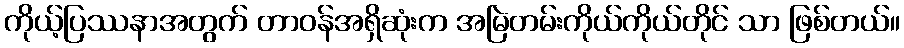
ကိုယ့်ပြဿနာအတွက် တာဝန်အရှိဆုံးက အမြဲတမ်းကိုယ်ကိုယ်တိုင် သာ ဖြစ်တယ်။